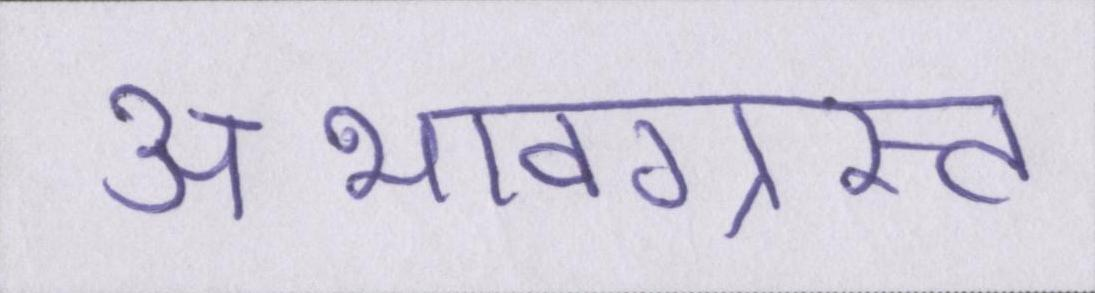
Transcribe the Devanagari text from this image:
अभावग्रस्त